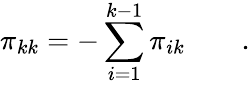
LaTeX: \pi_{kk}=-\sum_{i=1}^{k-1}\pi_{ik}\qquad.